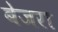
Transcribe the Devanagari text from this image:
बेजरा